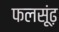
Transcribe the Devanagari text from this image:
फलसूंढ़